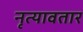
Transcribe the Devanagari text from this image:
नृत्यावतार